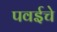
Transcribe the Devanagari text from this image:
पवईचे